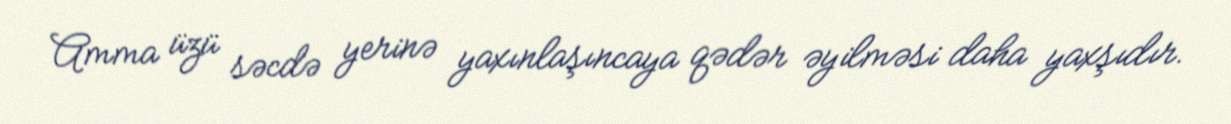
Amma üzü səcdə yerinə yaxınlaşıncaya qədər əyilməsi daha yaxşıdır.